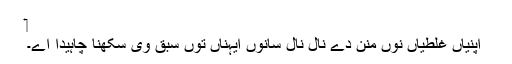
‏
اپنیاں غلطیاں نُوں منن دے نال نال سانوں ایہناں توں سبق وی سکھنا چاہیدا اے۔